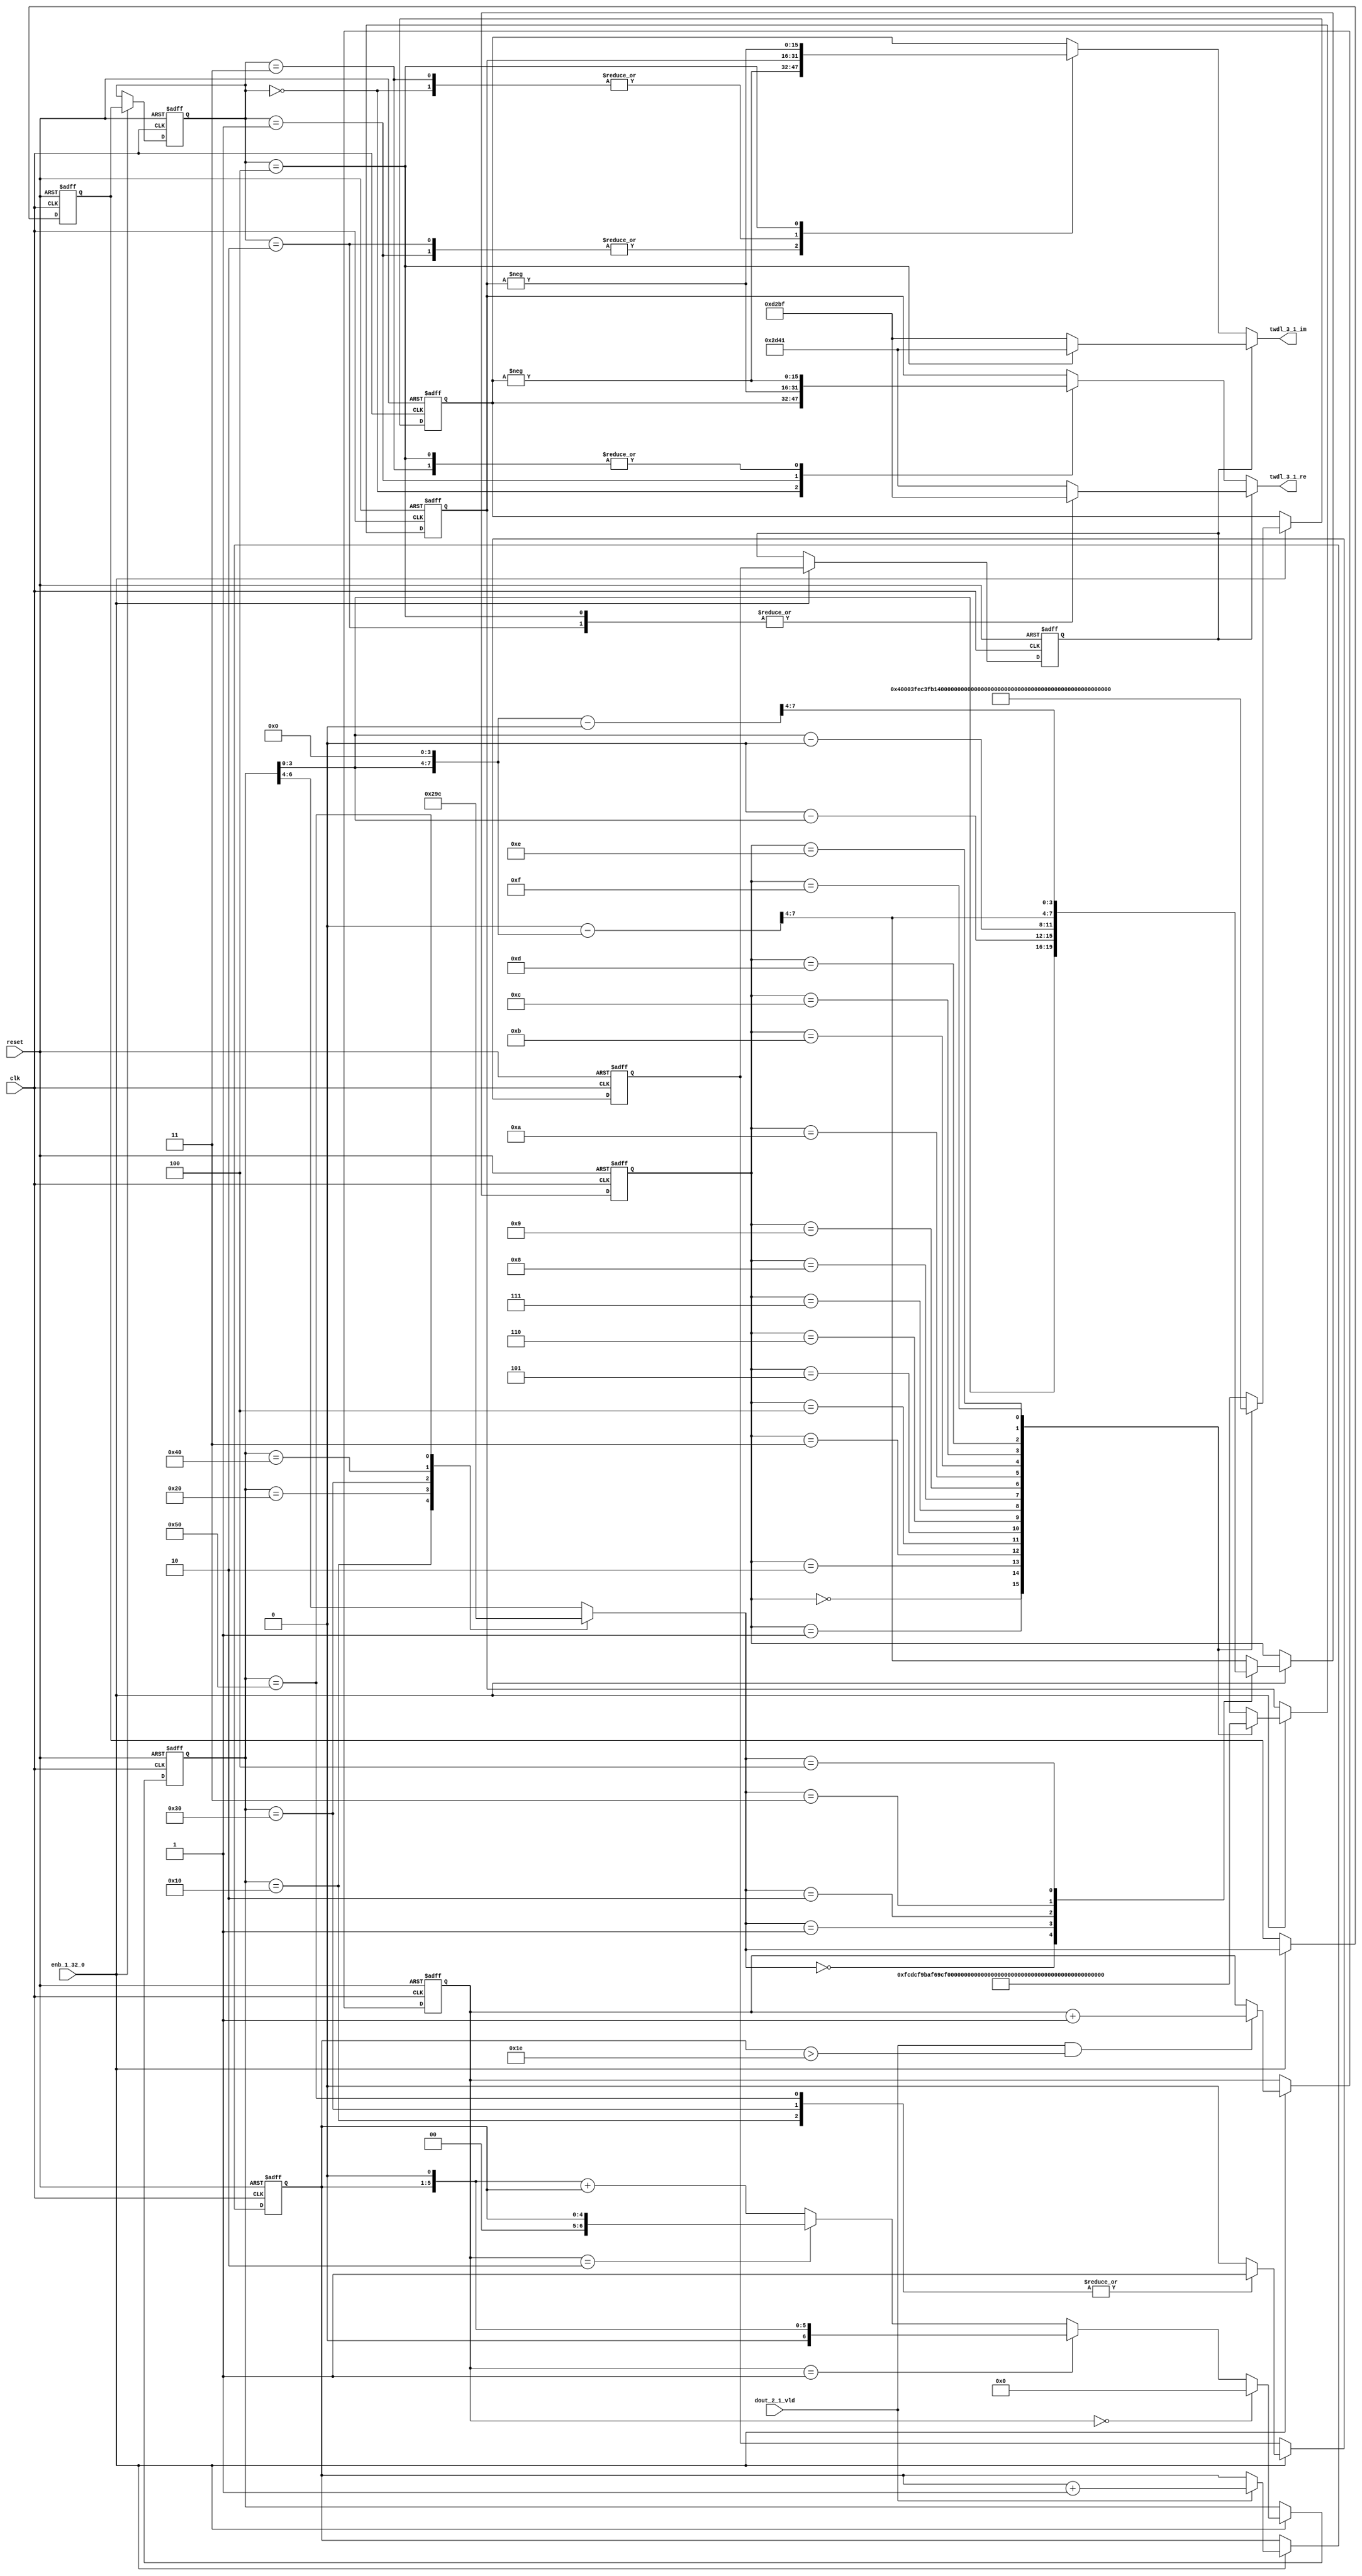
// -------------------------------------------------------------
// 
// 
// Generated by MATLAB 9.13 and HDL Coder 4.0
// 
// -------------------------------------------------------------


// -------------------------------------------------------------
// 
// Module: whdlOFDMTx_TWDLROM_3_1
// Source Path: dsphdl.IFFT/TWDLROM_3_1
// Hierarchy Level: 5
// 
// -------------------------------------------------------------

`timescale 1 ns / 1 ns

module whdlOFDMTx_TWDLROM_3_1
          (clk,
           reset,
           enb_1_32_0,
           dout_2_1_vld,
           twdl_3_1_re,
           twdl_3_1_im);


  input   clk;
  input   reset;
  input   enb_1_32_0;
  input   dout_2_1_vld;
  output  signed [15:0] twdl_3_1_re;  // sfix16_En14
  output  signed [15:0] twdl_3_1_im;  // sfix16_En14


  reg [4:0] Radix22TwdlMapping_cnt;  // ufix5
  reg [1:0] Radix22TwdlMapping_phase;  // ufix2
  reg [2:0] Radix22TwdlMapping_octantReg1;  // ufix3
  reg [6:0] Radix22TwdlMapping_twdlAddr_raw;  // ufix7
  reg [3:0] Radix22TwdlMapping_twdlAddrMap;  // ufix4
  reg  Radix22TwdlMapping_twdl45Reg;
  reg  Radix22TwdlMapping_dvldReg1;
  reg  Radix22TwdlMapping_dvldReg2;
  reg [4:0] Radix22TwdlMapping_cnt_next;  // ufix5
  reg [1:0] Radix22TwdlMapping_phase_next;  // ufix2
  reg [2:0] Radix22TwdlMapping_octantReg1_next;  // ufix3
  reg [6:0] Radix22TwdlMapping_twdlAddr_raw_next;  // ufix7
  reg [3:0] Radix22TwdlMapping_twdlAddrMap_next;  // ufix4
  reg  Radix22TwdlMapping_twdl45Reg_next;
  reg  Radix22TwdlMapping_dvldReg1_next;
  reg  Radix22TwdlMapping_dvldReg2_next;
  reg [3:0] twdlAddr;  // ufix4
  reg  twdlAddrVld;
  reg [2:0] twdlOctant;  // ufix3
  reg  twdl45;
  wire signed [15:0] Twiddle_re_table_data [0:15];  // sfix16_En14 [16]
  wire signed [15:0] twiddleS_re;  // sfix16_En14
  reg signed [15:0] twiddleReg_re;  // sfix16_En14
  wire signed [15:0] Twiddle_im_table_data [0:15];  // sfix16_En14 [16]
  wire signed [15:0] twiddleS_im;  // sfix16_En14
  reg signed [15:0] twiddleReg_im;  // sfix16_En14
  reg [2:0] twdlOctantReg;  // ufix3
  reg  twdl45Reg;
  reg signed [15:0] twdl_3_1_re_1;  // sfix16_En14
  reg signed [15:0] twdl_3_1_im_1;  // sfix16_En14
  reg [2:0] Radix22TwdlMapping_octant;  // ufix3
  reg [6:0] Radix22TwdlMapping_cnt_cast;  // ufix7
  reg signed [15:0] Radix22TwdlMapping_sub_cast;  // sfix16_En4
  reg signed [15:0] Radix22TwdlMapping_sub_temp;  // sfix16_En4
  reg signed [8:0] Radix22TwdlMapping_sub_temp_0;  // sfix9
  reg signed [8:0] Radix22TwdlMapping_sub_temp_1;  // sfix9
  reg signed [15:0] Radix22TwdlMapping_sub_cast_0;  // sfix16_En4
  reg signed [15:0] Radix22TwdlMapping_sub_temp_2;  // sfix16_En4
  reg signed [15:0] Radix22TwdlMapping_sub_cast_1;  // sfix16_En4
  reg signed [15:0] Radix22TwdlMapping_sub_temp_3;  // sfix16_En4
  reg [6:0] Radix22TwdlMapping_t_0_0;  // ufix7
  reg signed [8:0] Radix22TwdlMapping_t_1;  // sfix9
  reg signed [8:0] Radix22TwdlMapping_t_2_0;  // sfix9
  reg signed [15:0] Radix22TwdlOctCorr_twdlIn_re;  // sfix16_En14
  reg signed [15:0] Radix22TwdlOctCorr_twdlIn_im;  // sfix16_En14
  reg signed [16:0] Radix22TwdlOctCorr_cast;  // sfix17_En14
  reg signed [16:0] Radix22TwdlOctCorr_cast_0;  // sfix17_En14
  reg signed [16:0] Radix22TwdlOctCorr_cast_1;  // sfix17_En14
  reg signed [16:0] Radix22TwdlOctCorr_cast_2;  // sfix17_En14
  reg signed [16:0] Radix22TwdlOctCorr_cast_3;  // sfix17_En14
  reg signed [16:0] Radix22TwdlOctCorr_cast_4;  // sfix17_En14
  reg signed [16:0] Radix22TwdlOctCorr_cast_5;  // sfix17_En14
  reg signed [16:0] Radix22TwdlOctCorr_cast_6;  // sfix17_En14
  reg signed [16:0] Radix22TwdlOctCorr_cast_7;  // sfix17_En14
  reg signed [16:0] Radix22TwdlOctCorr_cast_8;  // sfix17_En14
  reg signed [16:0] Radix22TwdlOctCorr_cast_9;  // sfix17_En14
  reg signed [16:0] Radix22TwdlOctCorr_cast_10;  // sfix17_En14


  // Radix22TwdlMapping
  always @(posedge clk or posedge reset)
    begin : Radix22TwdlMapping_process
      if (reset == 1'b1) begin
        Radix22TwdlMapping_octantReg1 <= 3'b000;
        Radix22TwdlMapping_twdlAddr_raw <= 7'b0000000;
        Radix22TwdlMapping_twdlAddrMap <= 4'b0000;
        Radix22TwdlMapping_twdl45Reg <= 1'b0;
        Radix22TwdlMapping_dvldReg1 <= 1'b0;
        Radix22TwdlMapping_dvldReg2 <= 1'b0;
        Radix22TwdlMapping_cnt <= 5'b00000;
        Radix22TwdlMapping_phase <= 2'b00;
      end
      else begin
        if (enb_1_32_0) begin
          Radix22TwdlMapping_cnt <= Radix22TwdlMapping_cnt_next;
          Radix22TwdlMapping_phase <= Radix22TwdlMapping_phase_next;
          Radix22TwdlMapping_octantReg1 <= Radix22TwdlMapping_octantReg1_next;
          Radix22TwdlMapping_twdlAddr_raw <= Radix22TwdlMapping_twdlAddr_raw_next;
          Radix22TwdlMapping_twdlAddrMap <= Radix22TwdlMapping_twdlAddrMap_next;
          Radix22TwdlMapping_twdl45Reg <= Radix22TwdlMapping_twdl45Reg_next;
          Radix22TwdlMapping_dvldReg1 <= Radix22TwdlMapping_dvldReg1_next;
          Radix22TwdlMapping_dvldReg2 <= Radix22TwdlMapping_dvldReg2_next;
        end
      end
    end

  always @(Radix22TwdlMapping_cnt, Radix22TwdlMapping_dvldReg1,
       Radix22TwdlMapping_dvldReg2, Radix22TwdlMapping_octantReg1,
       Radix22TwdlMapping_phase, Radix22TwdlMapping_twdl45Reg,
       Radix22TwdlMapping_twdlAddrMap, Radix22TwdlMapping_twdlAddr_raw,
       dout_2_1_vld) begin
    Radix22TwdlMapping_sub_temp = 16'sb0000000000000000;
    Radix22TwdlMapping_sub_temp_0 = 9'sb000000000;
    Radix22TwdlMapping_sub_temp_1 = 9'sb000000000;
    Radix22TwdlMapping_sub_temp_2 = 16'sb0000000000000000;
    Radix22TwdlMapping_sub_temp_3 = 16'sb0000000000000000;
    Radix22TwdlMapping_cnt_cast = 7'b0000000;
    Radix22TwdlMapping_sub_cast = 16'sb0000000000000000;
    Radix22TwdlMapping_sub_cast_0 = 16'sb0000000000000000;
    Radix22TwdlMapping_sub_cast_1 = 16'sb0000000000000000;
    Radix22TwdlMapping_t_0_0 = 7'b0000000;
    Radix22TwdlMapping_t_1 = 9'sb000000000;
    Radix22TwdlMapping_t_2_0 = 9'sb000000000;
    Radix22TwdlMapping_cnt_next = Radix22TwdlMapping_cnt;
    Radix22TwdlMapping_phase_next = Radix22TwdlMapping_phase;
    Radix22TwdlMapping_twdlAddr_raw_next = Radix22TwdlMapping_twdlAddr_raw;
    Radix22TwdlMapping_twdlAddrMap_next = Radix22TwdlMapping_twdlAddrMap;
    Radix22TwdlMapping_twdl45Reg_next = Radix22TwdlMapping_twdl45Reg;
    Radix22TwdlMapping_dvldReg2_next = Radix22TwdlMapping_dvldReg1;
    Radix22TwdlMapping_dvldReg1_next = dout_2_1_vld;
    case ( Radix22TwdlMapping_twdlAddr_raw)
      7'b0010000 :
        begin
          Radix22TwdlMapping_octant = 3'b000;
          Radix22TwdlMapping_twdl45Reg_next = 1'b1;
        end
      7'b0100000 :
        begin
          Radix22TwdlMapping_octant = 3'b001;
          Radix22TwdlMapping_twdl45Reg_next = 1'b0;
        end
      7'b0110000 :
        begin
          Radix22TwdlMapping_octant = 3'b010;
          Radix22TwdlMapping_twdl45Reg_next = 1'b1;
        end
      7'b1000000 :
        begin
          Radix22TwdlMapping_octant = 3'b011;
          Radix22TwdlMapping_twdl45Reg_next = 1'b0;
        end
      7'b1010000 :
        begin
          Radix22TwdlMapping_octant = 3'b100;
          Radix22TwdlMapping_twdl45Reg_next = 1'b1;
        end
      default :
        begin
          Radix22TwdlMapping_octant = Radix22TwdlMapping_twdlAddr_raw[6:4];
          Radix22TwdlMapping_twdl45Reg_next = 1'b0;
        end
    endcase
    Radix22TwdlMapping_octantReg1_next = Radix22TwdlMapping_octant;
    case ( Radix22TwdlMapping_octant)
      3'b000 :
        begin
          Radix22TwdlMapping_twdlAddrMap_next = Radix22TwdlMapping_twdlAddr_raw[3:0];
        end
      3'b001 :
        begin
          Radix22TwdlMapping_t_1 = {2'b0, Radix22TwdlMapping_twdlAddr_raw};
          Radix22TwdlMapping_sub_temp_0 = 9'sb000100000 - Radix22TwdlMapping_t_1;
          Radix22TwdlMapping_twdlAddrMap_next = Radix22TwdlMapping_sub_temp_0[3:0];
        end
      3'b010 :
        begin
          Radix22TwdlMapping_t_2_0 = {2'b0, Radix22TwdlMapping_twdlAddr_raw};
          Radix22TwdlMapping_sub_temp_1 = Radix22TwdlMapping_t_2_0 - 9'sb000100000;
          Radix22TwdlMapping_twdlAddrMap_next = Radix22TwdlMapping_sub_temp_1[3:0];
        end
      3'b011 :
        begin
          Radix22TwdlMapping_sub_cast_0 = {5'b0, {Radix22TwdlMapping_twdlAddr_raw, 4'b0000}};
          Radix22TwdlMapping_sub_temp_2 = 16'sb0000010000000000 - Radix22TwdlMapping_sub_cast_0;
          Radix22TwdlMapping_twdlAddrMap_next = Radix22TwdlMapping_sub_temp_2[7:4];
        end
      3'b100 :
        begin
          Radix22TwdlMapping_sub_cast_1 = {5'b0, {Radix22TwdlMapping_twdlAddr_raw, 4'b0000}};
          Radix22TwdlMapping_sub_temp_3 = Radix22TwdlMapping_sub_cast_1 - 16'sb0000010000000000;
          Radix22TwdlMapping_twdlAddrMap_next = Radix22TwdlMapping_sub_temp_3[7:4];
        end
      default :
        begin
          Radix22TwdlMapping_sub_cast = {5'b0, {Radix22TwdlMapping_twdlAddr_raw, 4'b0000}};
          Radix22TwdlMapping_sub_temp = 16'sb0000011000000000 - Radix22TwdlMapping_sub_cast;
          Radix22TwdlMapping_twdlAddrMap_next = Radix22TwdlMapping_sub_temp[7:4];
        end
    endcase
    if (Radix22TwdlMapping_phase == 2'b00) begin
      Radix22TwdlMapping_twdlAddr_raw_next = 7'b0000000;
    end
    else if (Radix22TwdlMapping_phase == 2'b01) begin
      Radix22TwdlMapping_t_0_0 = {2'b0, Radix22TwdlMapping_cnt};
      Radix22TwdlMapping_twdlAddr_raw_next = Radix22TwdlMapping_t_0_0 <<< 8'd1;
    end
    else if (Radix22TwdlMapping_phase == 2'b10) begin
      Radix22TwdlMapping_twdlAddr_raw_next = {2'b0, Radix22TwdlMapping_cnt};
    end
    else begin
      Radix22TwdlMapping_cnt_cast = {2'b0, Radix22TwdlMapping_cnt};
      Radix22TwdlMapping_twdlAddr_raw_next = (Radix22TwdlMapping_cnt_cast <<< 8'd1) + Radix22TwdlMapping_cnt_cast;
    end
    if (dout_2_1_vld && (Radix22TwdlMapping_cnt > 5'b11110)) begin
      Radix22TwdlMapping_phase_next = Radix22TwdlMapping_phase + 2'b01;
    end
    if (dout_2_1_vld) begin
      Radix22TwdlMapping_cnt_next = Radix22TwdlMapping_cnt + 5'b00001;
    end
    twdlAddr = Radix22TwdlMapping_twdlAddrMap;
    twdlAddrVld = Radix22TwdlMapping_dvldReg2;
    twdlOctant = Radix22TwdlMapping_octantReg1;
    twdl45 = Radix22TwdlMapping_twdl45Reg;
  end



  // Twiddle ROM1
  assign Twiddle_re_table_data[0] = 16'sb0100000000000000;
  assign Twiddle_re_table_data[1] = 16'sb0011111111101100;
  assign Twiddle_re_table_data[2] = 16'sb0011111110110001;
  assign Twiddle_re_table_data[3] = 16'sb0011111101001111;
  assign Twiddle_re_table_data[4] = 16'sb0011111011000101;
  assign Twiddle_re_table_data[5] = 16'sb0011111000010101;
  assign Twiddle_re_table_data[6] = 16'sb0011110100111111;
  assign Twiddle_re_table_data[7] = 16'sb0011110001000010;
  assign Twiddle_re_table_data[8] = 16'sb0011101100100001;
  assign Twiddle_re_table_data[9] = 16'sb0011100111011011;
  assign Twiddle_re_table_data[10] = 16'sb0011100001110001;
  assign Twiddle_re_table_data[11] = 16'sb0011011011100101;
  assign Twiddle_re_table_data[12] = 16'sb0011010100110111;
  assign Twiddle_re_table_data[13] = 16'sb0011001101101000;
  assign Twiddle_re_table_data[14] = 16'sb0011000101111001;
  assign Twiddle_re_table_data[15] = 16'sb0010111101101100;
  assign twiddleS_re = Twiddle_re_table_data[twdlAddr];



  always @(posedge clk or posedge reset)
    begin : TWIDDLEROM_RE_process
      if (reset == 1'b1) begin
        twiddleReg_re <= 16'sb0000000000000000;
      end
      else begin
        if (enb_1_32_0) begin
          twiddleReg_re <= twiddleS_re;
        end
      end
    end



  // Twiddle ROM2
  assign Twiddle_im_table_data[0] = 16'sb0000000000000000;
  assign Twiddle_im_table_data[1] = 16'sb1111110011011100;
  assign Twiddle_im_table_data[2] = 16'sb1111100110111010;
  assign Twiddle_im_table_data[3] = 16'sb1111011010011100;
  assign Twiddle_im_table_data[4] = 16'sb1111001110000100;
  assign Twiddle_im_table_data[5] = 16'sb1111000001110011;
  assign Twiddle_im_table_data[6] = 16'sb1110110101101100;
  assign Twiddle_im_table_data[7] = 16'sb1110101001110000;
  assign Twiddle_im_table_data[8] = 16'sb1110011110000010;
  assign Twiddle_im_table_data[9] = 16'sb1110010010100011;
  assign Twiddle_im_table_data[10] = 16'sb1110000111010101;
  assign Twiddle_im_table_data[11] = 16'sb1101111100011001;
  assign Twiddle_im_table_data[12] = 16'sb1101110001110010;
  assign Twiddle_im_table_data[13] = 16'sb1101100111100000;
  assign Twiddle_im_table_data[14] = 16'sb1101011101100110;
  assign Twiddle_im_table_data[15] = 16'sb1101010100000101;
  assign twiddleS_im = Twiddle_im_table_data[twdlAddr];



  always @(posedge clk or posedge reset)
    begin : TWIDDLEROM_IM_process
      if (reset == 1'b1) begin
        twiddleReg_im <= 16'sb0000000000000000;
      end
      else begin
        if (enb_1_32_0) begin
          twiddleReg_im <= twiddleS_im;
        end
      end
    end



  always @(posedge clk or posedge reset)
    begin : intdelay_process
      if (reset == 1'b1) begin
        twdlOctantReg <= 3'b000;
      end
      else begin
        if (enb_1_32_0) begin
          twdlOctantReg <= twdlOctant;
        end
      end
    end



  always @(posedge clk or posedge reset)
    begin : intdelay_1_process
      if (reset == 1'b1) begin
        twdl45Reg <= 1'b0;
      end
      else begin
        if (enb_1_32_0) begin
          twdl45Reg <= twdl45;
        end
      end
    end



  // Radix22TwdlOctCorr
  always @(twdl45Reg, twdlOctantReg, twiddleReg_im, twiddleReg_re) begin
    Radix22TwdlOctCorr_cast_0 = 17'sb00000000000000000;
    Radix22TwdlOctCorr_cast_2 = 17'sb00000000000000000;
    Radix22TwdlOctCorr_cast_4 = 17'sb00000000000000000;
    Radix22TwdlOctCorr_cast_6 = 17'sb00000000000000000;
    Radix22TwdlOctCorr_cast_8 = 17'sb00000000000000000;
    Radix22TwdlOctCorr_cast_10 = 17'sb00000000000000000;
    Radix22TwdlOctCorr_cast = 17'sb00000000000000000;
    Radix22TwdlOctCorr_cast_1 = 17'sb00000000000000000;
    Radix22TwdlOctCorr_cast_3 = 17'sb00000000000000000;
    Radix22TwdlOctCorr_cast_5 = 17'sb00000000000000000;
    Radix22TwdlOctCorr_cast_7 = 17'sb00000000000000000;
    Radix22TwdlOctCorr_cast_9 = 17'sb00000000000000000;
    Radix22TwdlOctCorr_twdlIn_re = twiddleReg_re;
    Radix22TwdlOctCorr_twdlIn_im = twiddleReg_im;
    if (twdl45Reg) begin
      case ( twdlOctantReg)
        3'b000 :
          begin
            Radix22TwdlOctCorr_twdlIn_re = 16'sb0010110101000001;
            Radix22TwdlOctCorr_twdlIn_im = 16'sb1101001010111111;
          end
        3'b010 :
          begin
            Radix22TwdlOctCorr_twdlIn_re = 16'sb1101001010111111;
            Radix22TwdlOctCorr_twdlIn_im = 16'sb1101001010111111;
          end
        3'b100 :
          begin
            Radix22TwdlOctCorr_twdlIn_re = 16'sb1101001010111111;
            Radix22TwdlOctCorr_twdlIn_im = 16'sb0010110101000001;
          end
        default :
          begin
            Radix22TwdlOctCorr_twdlIn_re = 16'sb0010110101000001;
            Radix22TwdlOctCorr_twdlIn_im = 16'sb1101001010111111;
          end
      endcase
    end
    else begin
      case ( twdlOctantReg)
        3'b000 :
          begin
          end
        3'b001 :
          begin
            Radix22TwdlOctCorr_cast = {twiddleReg_im[15], twiddleReg_im};
            Radix22TwdlOctCorr_cast_0 =  - (Radix22TwdlOctCorr_cast);
            Radix22TwdlOctCorr_twdlIn_re = Radix22TwdlOctCorr_cast_0[15:0];
            Radix22TwdlOctCorr_cast_5 = {twiddleReg_re[15], twiddleReg_re};
            Radix22TwdlOctCorr_cast_6 =  - (Radix22TwdlOctCorr_cast_5);
            Radix22TwdlOctCorr_twdlIn_im = Radix22TwdlOctCorr_cast_6[15:0];
          end
        3'b010 :
          begin
            Radix22TwdlOctCorr_twdlIn_re = twiddleReg_im;
            Radix22TwdlOctCorr_cast_7 = {twiddleReg_re[15], twiddleReg_re};
            Radix22TwdlOctCorr_cast_8 =  - (Radix22TwdlOctCorr_cast_7);
            Radix22TwdlOctCorr_twdlIn_im = Radix22TwdlOctCorr_cast_8[15:0];
          end
        3'b011 :
          begin
            Radix22TwdlOctCorr_cast_1 = {twiddleReg_re[15], twiddleReg_re};
            Radix22TwdlOctCorr_cast_2 =  - (Radix22TwdlOctCorr_cast_1);
            Radix22TwdlOctCorr_twdlIn_re = Radix22TwdlOctCorr_cast_2[15:0];
            Radix22TwdlOctCorr_twdlIn_im = twiddleReg_im;
          end
        3'b100 :
          begin
            Radix22TwdlOctCorr_cast_3 = {twiddleReg_re[15], twiddleReg_re};
            Radix22TwdlOctCorr_cast_4 =  - (Radix22TwdlOctCorr_cast_3);
            Radix22TwdlOctCorr_twdlIn_re = Radix22TwdlOctCorr_cast_4[15:0];
            Radix22TwdlOctCorr_cast_9 = {twiddleReg_im[15], twiddleReg_im};
            Radix22TwdlOctCorr_cast_10 =  - (Radix22TwdlOctCorr_cast_9);
            Radix22TwdlOctCorr_twdlIn_im = Radix22TwdlOctCorr_cast_10[15:0];
          end
        default :
          begin
            Radix22TwdlOctCorr_twdlIn_re = twiddleReg_im;
            Radix22TwdlOctCorr_twdlIn_im = twiddleReg_re;
          end
      endcase
    end
    twdl_3_1_re_1 = Radix22TwdlOctCorr_twdlIn_re;
    twdl_3_1_im_1 = Radix22TwdlOctCorr_twdlIn_im;
  end



  assign twdl_3_1_re = twdl_3_1_re_1;

  assign twdl_3_1_im = twdl_3_1_im_1;

endmodule  // whdlOFDMTx_TWDLROM_3_1